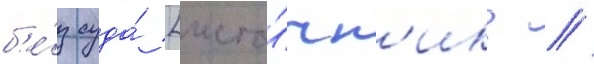
б'е́з суда́ [исто́чн'ик? //